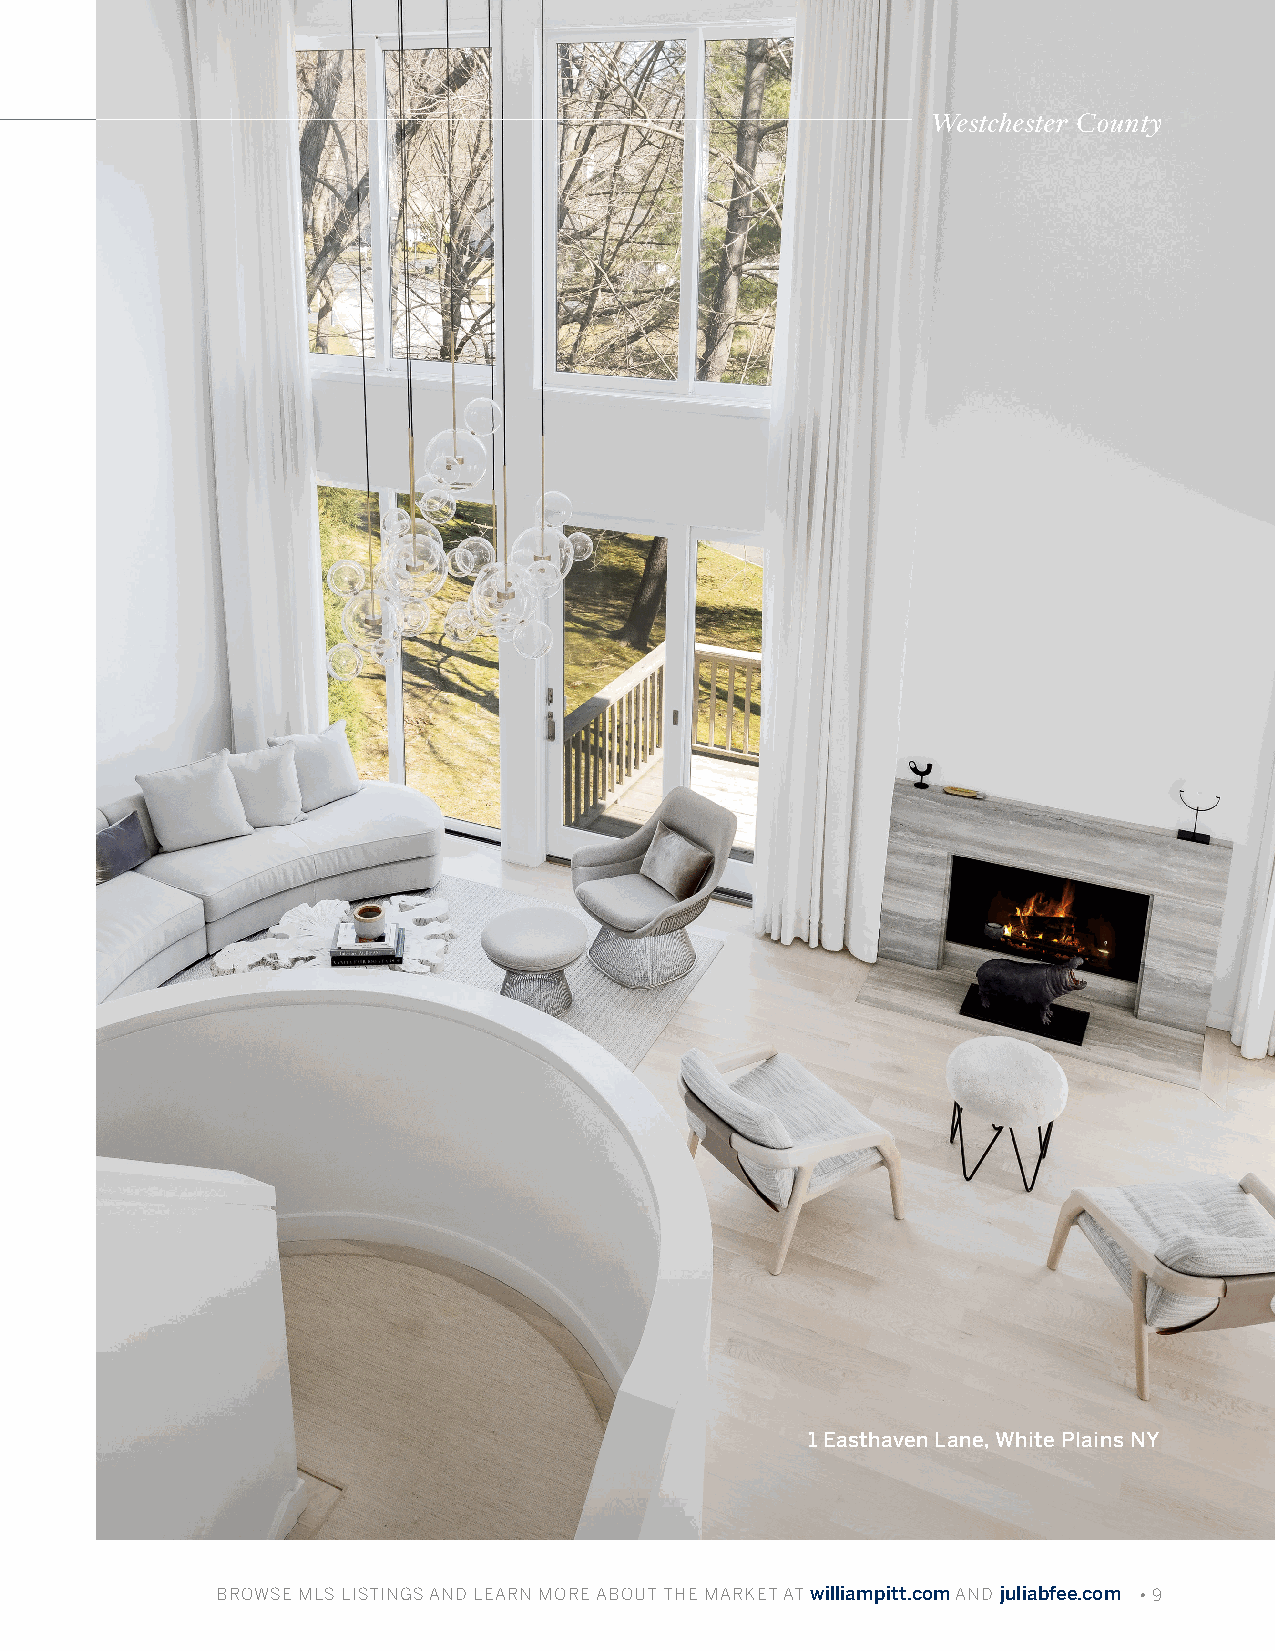
WWeessttcchheesstteerr CCoouunnttyy
 1 Easthaven Lane, White Plains NY
 BBRROOWWSSEE MMLLSS LLIISSTTIINNGGSS AANNDD LLEEAARRNN MMOORREE AABBOOUUTT TTHHEE MMAARRKKEETT AATT wwiilllliiaammppiitttt..ccoomm AANNDD jjuulliiaabbffeeee..ccoomm • 9